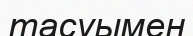
тасуымен